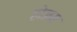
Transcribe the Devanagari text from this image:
होजय